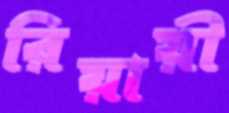
রিয়ায়ী